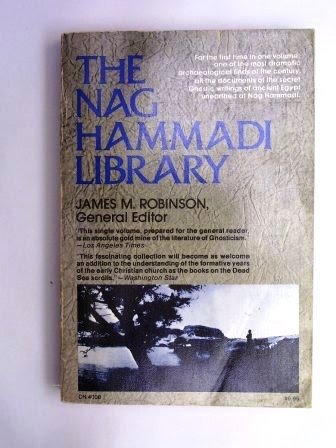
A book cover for The Nag Hammadi Library: A Translation of the Gnostic Scriptures; James M. Robinson; Christian Books & Bibles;